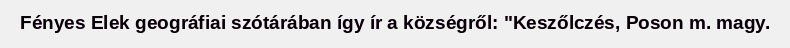
Fényes Elek geográfiai szótárában így ír a községről: "Keszőlczés, Poson m. magy.